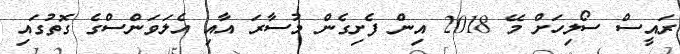
ރައީސް ސޯލިހަށް މޭ 2018 އިން ފެށިގެން މުސާރަ އާއި އެލަވަންސްގެ ގޮތުގައި